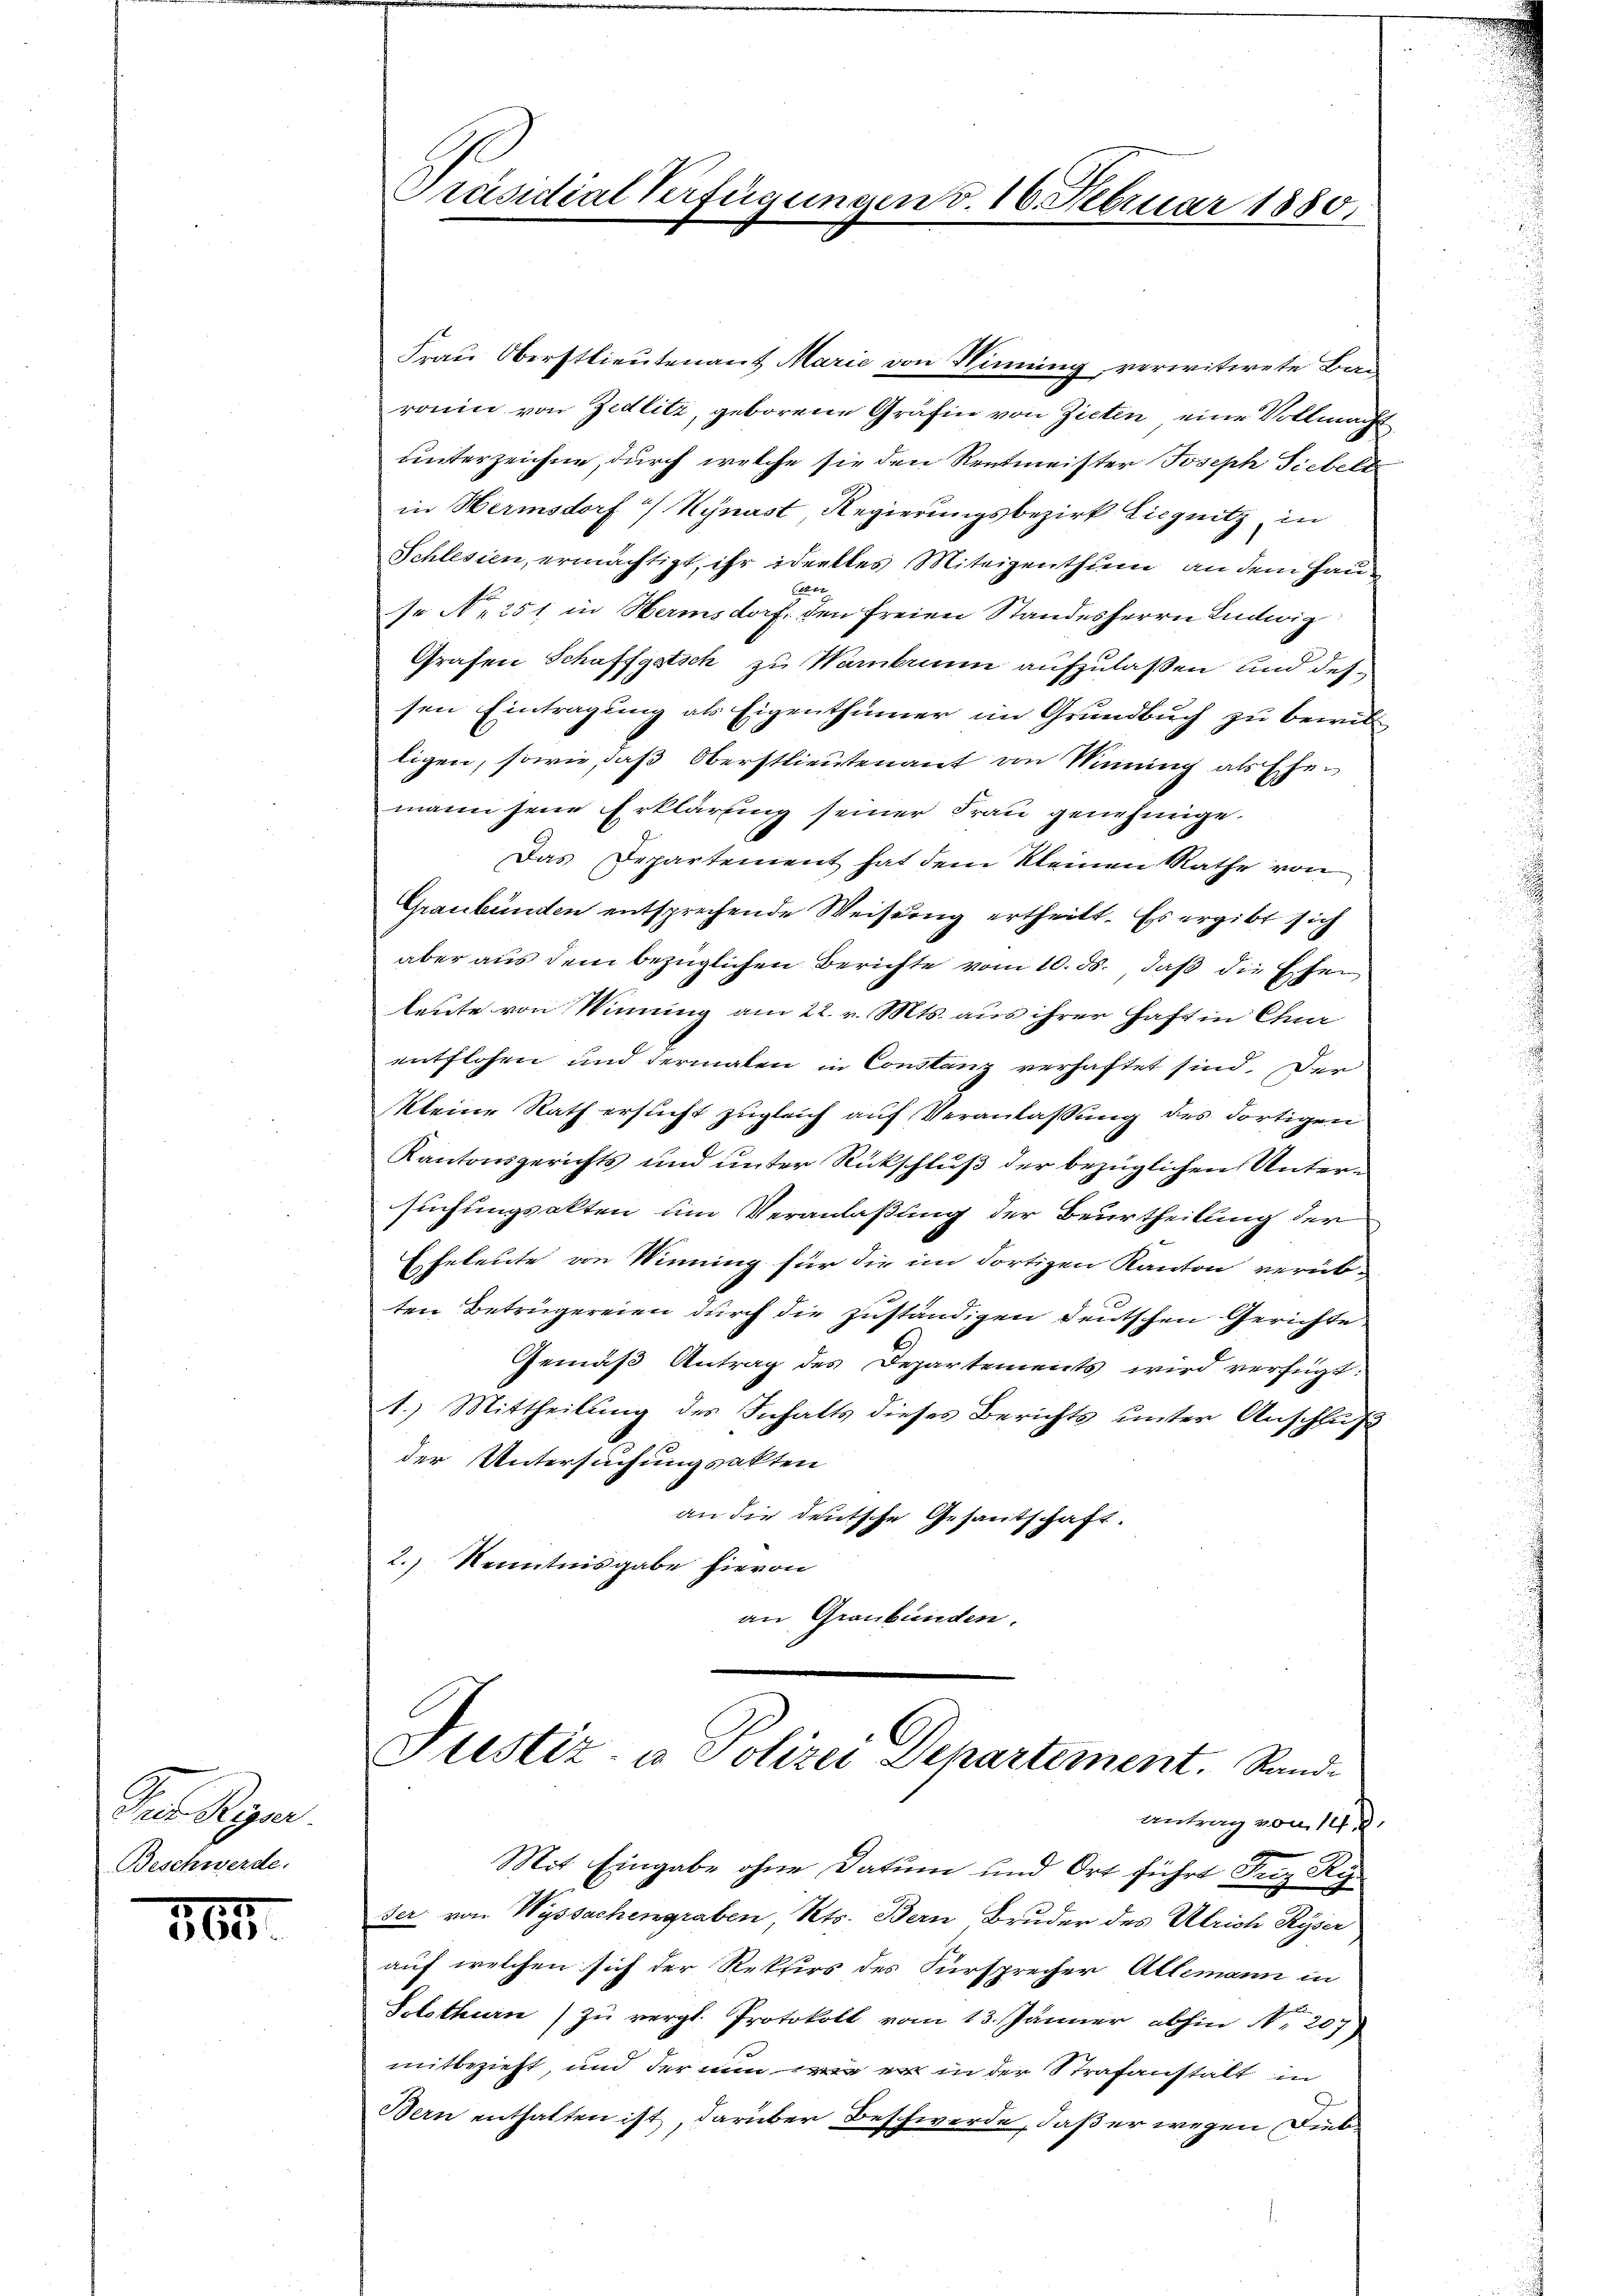
Der Regier
Beschwerde.

360.

Präsidial-Verfügungen v. 16. Februar 1880

Frau Oberstlieutenant Marie von Hinung, verwitwete Baurain von Zedlitz, geborene Gräfin von Zicten eine Vollmacht
unterzeichne, durch welche sie den Rentmeister Joseph Siebels
in Hermsdorf Kynast Regierungsbezirk Liegnitz, in
Schlesien, ermächtigt, ihr ideelles Miteigenthum an dem Haua
se No 251 in Harmsdorf, den freien Standesherrn Ludwig
Grafen Schaffgotsch zu Wambium aufzulassen und dessen Eintragung als Eigenthümer im Grundbuch zu bewill
ligen, sowie, daß Oberstlieutenant von Mining als Ehemann jene Erklärung seiner Frau genehmige.
Das Departement hat dem Kleinen Rathe von
Graubünden entsprechende Weisung ertheilt. Es ergibt sich
aber aus dem bezüglichen Berichte vom 10. ds. daß die Ehen
leute von Winung am 22. v. Mts. aus ihrer Haft in Chur
entflosen und dermalen in Constanz verhaftet sind. Der
kleine Rath ersucht zugleich auf Veranlassung des dortigen
Kantonsgerichts und unter Rückschluß der bezüglichen Untersuchungsakten um Veranlaßung der Beurtheilung der
Eheleute von Winning für die im dortigen Kanton verübten Betrügereien durch die zuständigen deutschen Gerichte
Gemäß Antrag des Departements wird verfügt:
1.) Mittheilung des Inhalts dieses Berichts unter Anschluß
der Untersuchungsakten
an die deutsche Gesantschaft.
2.) Kenntnisgabe hievon
an Graubünden.

Justiz- u Polizei Departement. Sand¬
Antrag von 14. d.

Mit Eingabe ohne Datum und Ort führt Fez Ri
ser von Wyssachengraben, Kts. Bern Bruder des Ulrich Ryser
auf welchen sich der Rekurs des Fürsprecher Allemann in
Solothurn zu vergl. Protokoll vom 13. Jänner abhin Nr. 207
mitbezieht, und der nun wie er in der Strafanstalt in
Bern enthalten ist, darüber Beschwerde, daß er wegen Dieb¬